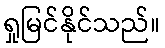
ရှုမြင်နိုင်သည်။